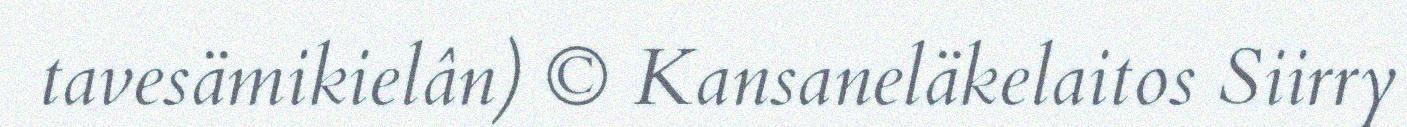
tavesämikielân) © Kansaneläkelaitos Siirry